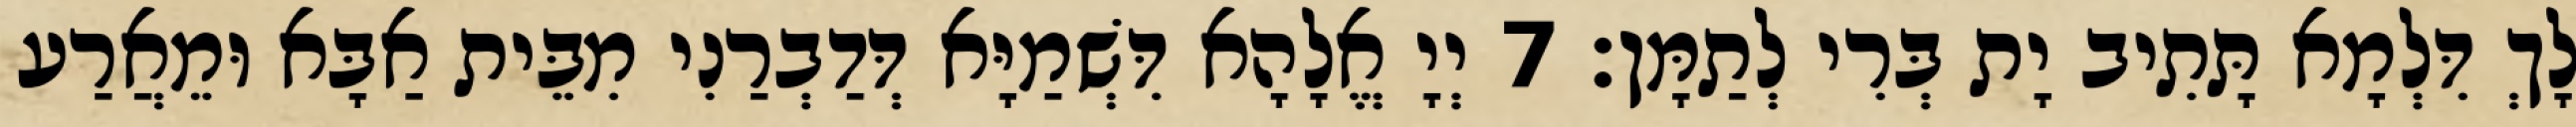
לָךְ דִּלְמָא תָּתִיב יָת בְּרִי לְתַמָּן׃ 7 יְיָ אֱלָהָא דִּשְׁמַיָּא דְּדַבְרַנִי מִבֵּית אַבָּא וּמֵאֲרַע